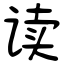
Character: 读